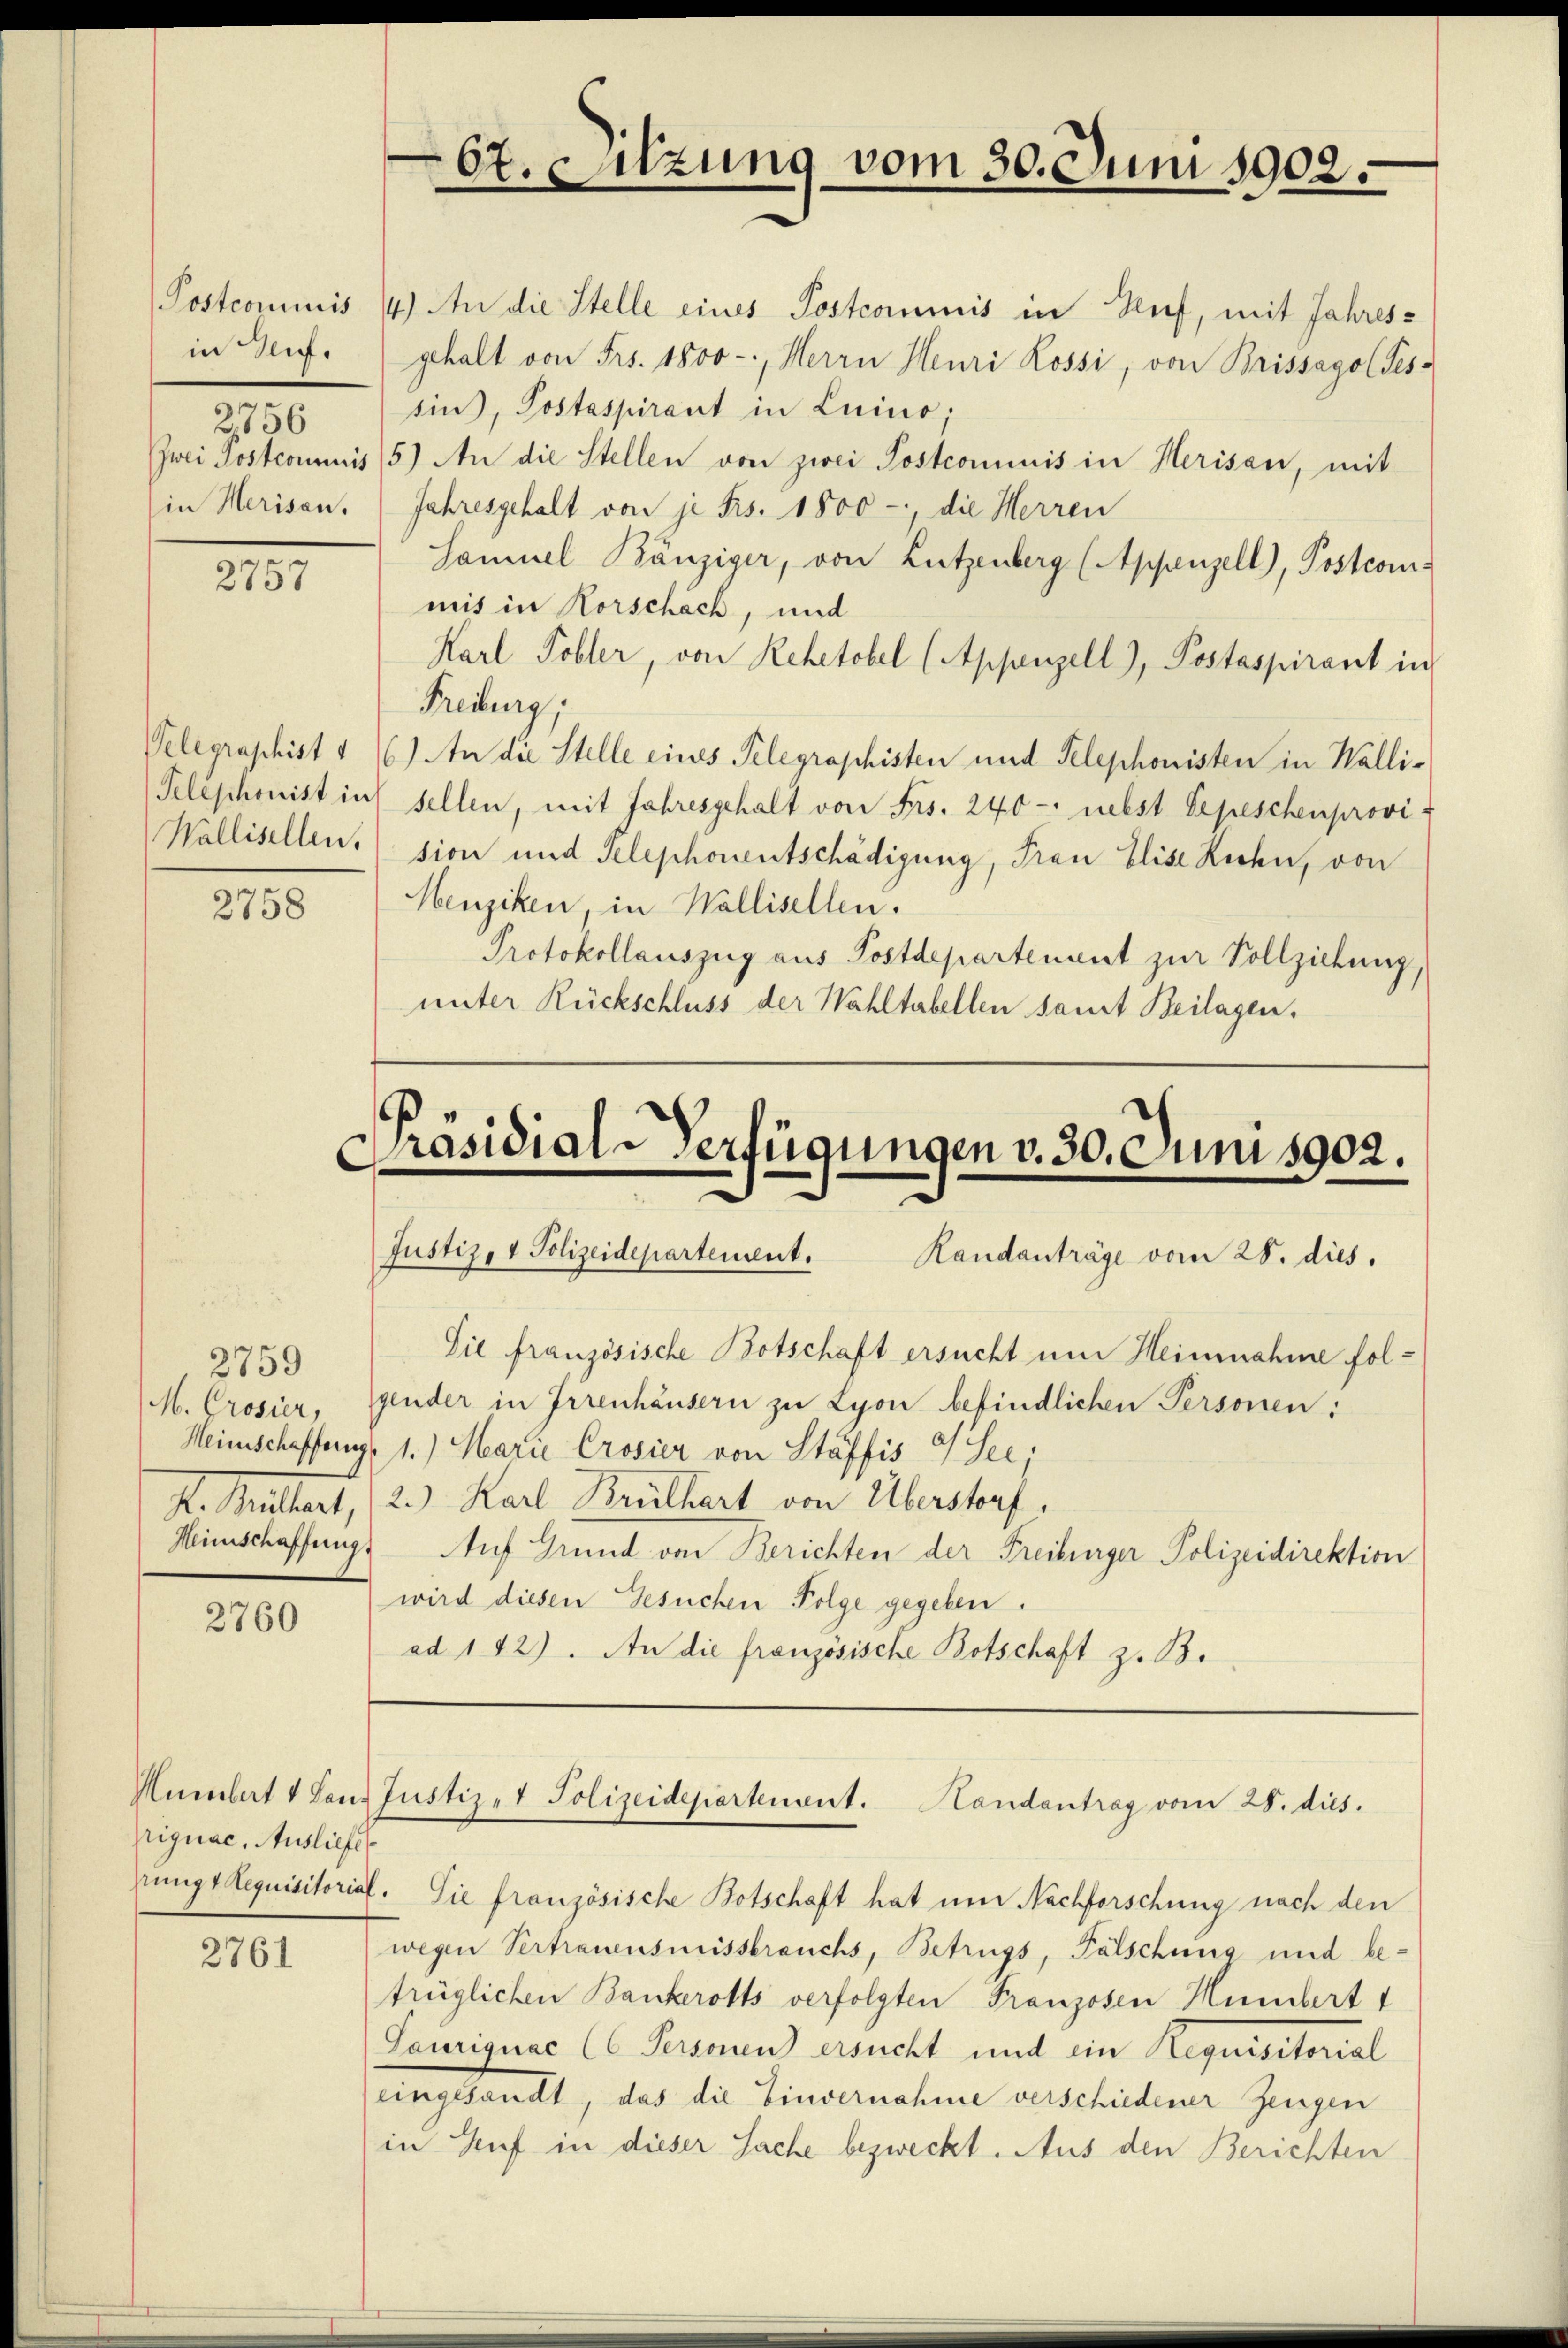
in Teig.

2756
in Herisau.

2757

2758

2759

2760

2761

Priguac, Ausliefe

Postcommis 4) An die Stelle eines Postcommis in Ruf, mit Jahres-
gehalt von Frs. 1800-, Herrn Heuri Rossi, von Brissago Tes-
sin), Postaspirant in Luino,
Zwei Postcommuis (5) An die Stellen von zwei Postcommis in Herisau, mit
Jahresgehalt von je Frs. 1800 - die Herren
Samuel Bänziger, von Lützenberg (Appenzell), Postcomis
mis in Korschäch, und
Karl Tobler, von Rehetobel (Appenzell), Postaspirant in
Freiburg,
Velegraphist u 6) An die Stelle eines Telegraphisten und Telephonisten in Walli-
Telephonist in sellen, mit Jahresgehalt von Frs. 240 - nebst Sepeschenprovis
Wallisellen, sion und Telephonentschädigung, Frau Elise Richen, von
Menziken, in Wallisellen.
Protokollauszug aus Postdepartenant zur Vollziehung,
unter Rückschluss der Wahltabellen samt Beilagen.

67. Sitzung vom 30. Juni 1902.

Präsidial-Verfügungen v. 30. Juni 1902.
Justiz- & Polizeidepartement. Handanträge vom 28. dies

M. Crosier, glüder in Irrenhäusern zu Lyon befindlichen Personen:
Weinschaffung 1.) Marie Crosier von Stäffis & See,
K. Buttert, (2.) Karl Brüthart von Überstorf,
Minischaffungs Auf Grund von Berichten der Freiburger Polizeidirektion
wird diesen Gesuchen Folge gegeben.
ad 142). An die französische Botschaft z. B.

Die französische Botschaft ersucht um Heinnahme fol¬

Humbert 4 Band Justizet Polizeidepartement. Handantrag vom 28. dies

ringt Requisitorial. Sie französische Botschaft hat um Nachforschung nach den
wegen Vertrauensmissbrauchs, Betrugs, Fälschung und betrüglichen Bankerotts verfolgten Franzosen Humbert 1
Lauriguae (Personen ersucht und ein Requisitorial
eingesandt, das die Einvernahme verschiedener Zeugen
in Auf in dieser Sache bezweckt. Aus den Berichten